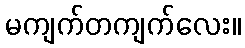
မကျက်တကျက်လေး။